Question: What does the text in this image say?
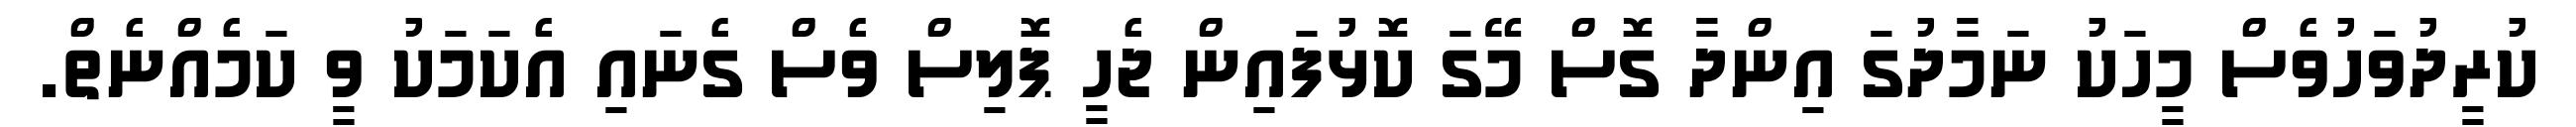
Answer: ކުރީދުވަހުވެސް މީހަކު ނަމާދުގަ އިންދާ ގޮސް މޭގަ ކޮޅުފައިން ޖެހީ ޕޮލިސް ވެސް ގެނައި އެކަމަކު ވީ ކަމެއްނެތް.